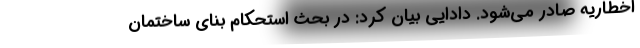
اخطاریه صادر می‌شود. دادایی بیان کرد: در بحث استحکام بنای ساختمان